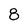
Character: 8